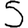
Digit: 5